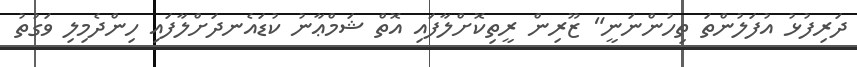
ދަރިފުޅު އުފަލުންތަ ތިހުންނަނީ" ޒޫރިން ރީތިކޮށްލާފައި އޮތް ޝަމްޢާނު ކުޑައެނދަށްލާފައި ހިންދެމިލި ވަގުތު